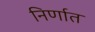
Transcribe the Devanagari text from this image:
निर्णात